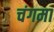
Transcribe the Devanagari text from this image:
चंगमा